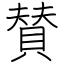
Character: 賛